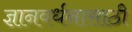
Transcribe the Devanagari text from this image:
ज्ञानवर्धनासाठी